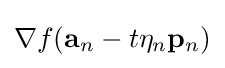
\nabla f(\mathbf {a} _{n}-t\eta _{n}\mathbf {p} _{n})